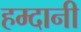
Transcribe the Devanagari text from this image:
हम्दानी